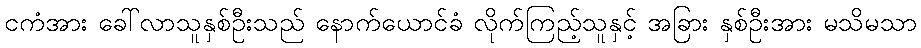
ငကံအား ခေါ်လာသူနှစ်ဦးသည် နောက်ယောင်ခံ လိုက်ကြည့်သူနှင့် အခြား နှစ်ဦးအား မသိမသာ